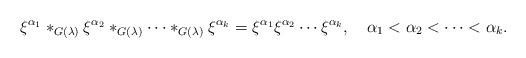
LaTeX: \begin{align*}\xi^{\alpha_1}*_{G(\lambda)}\xi^{\alpha_2}*_{G(\lambda)}\cdots*_{G(\lambda)}\xi^{\alpha_k}=\xi^{\alpha_1}\xi^{\alpha_2}\cdots\xi^{\alpha_k},\quad\alpha_1<\alpha_2<\cdots<\alpha_k.\end{align*}